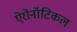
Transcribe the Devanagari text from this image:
ऐरोनॉटिकल